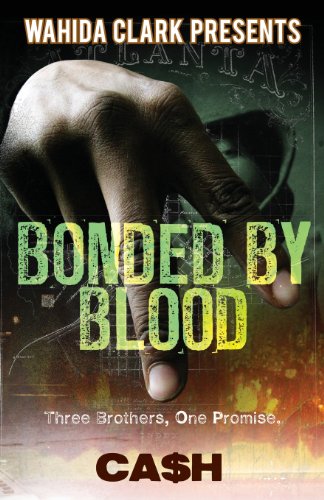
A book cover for Bonded By Blood (Wahida Clark Presents); Cash; Romance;